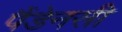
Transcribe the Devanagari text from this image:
पैंडेनसी